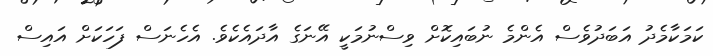
ކަމަކާމެދު އަބަދުވެސް އެންމެ ނުބައިކޮށް ވިސްނުމަކީ އޭނަގެ އާދައެކެވެ. އެހެނަސް ފަހަކަށް އައިސް